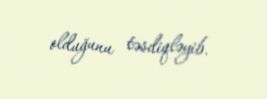
olduğunu təsdiqləyib.